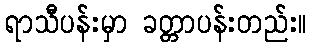
ရာသီပန်းမှာ ခတ္တာပန်းတည်း။